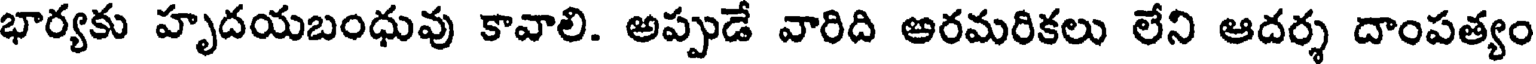
భార్యకు హృదయబంధువు కావాలి. అప్పుడే వారిది ఆరమరికలు లేని ఆదర్శ దాంపత్యం